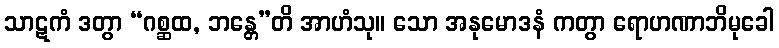
သာဋကံ ဒတွာ “ဂစ္ဆထ, ဘန္တေ”တိ အာဟံသု။ သော အနုမောဒနံ ကတွာ ရောဟဏာဘိမုခေါ